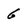
Character: 6